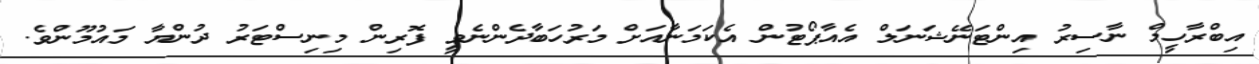
އިބްރާހީމް ނާސިރު އިންޓަނޭޝަނަލް އެއާޕޯޓުން އެކަމަނާއަށް މަރުހަބާދެންނެވީ ފޮރިން މިނިސްޓަރު ދުންޔާ މައުމޫންވެ.